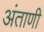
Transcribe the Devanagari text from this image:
अंताणी